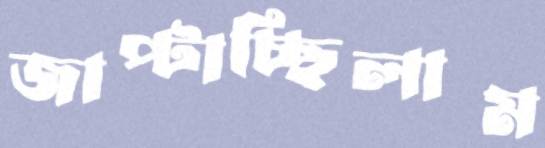
জাপ্‌টাচ্ছিলাম